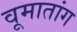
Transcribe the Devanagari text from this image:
वूमातांग